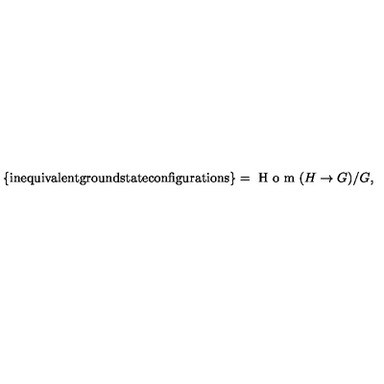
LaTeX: \{ \mathrm { i n e q u i v a l e n t g r o u n d s t a t e c o n f i g u r a t i o n s } \} = \textrm { H o m } ( H \rightarrow G ) / G ,